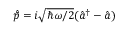
\hat { \bar { p } } = i \sqrt { \hbar \omega / 2 } ( \hat { a } ^ { \dagger } - \hat { a } )